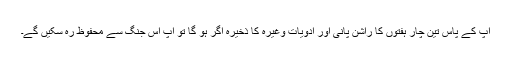
آپ کے پاس تین چار ہفتوں کا راشن پانی اور ادویات وغیرہ کا ذخیرہ اگر ہو گا تو آپ اس جنگ سے محفوظ رہ سکیں گے۔